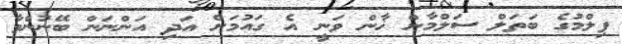
ފިލްމުގެ ބަތަލް ސަލްމާން ޚާން ވަނީ އެ ގައުމަށް އަދި އަންނަން ބޭނުންވާ